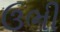
ઉભી